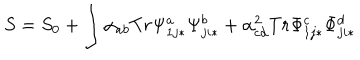
LaTeX: S = S _ { 0 } + \int \alpha _ { a b } T r \Psi _ { 1 j * } ^ { a } \Psi _ { j i * } ^ { b } + \alpha _ { c d } ^ { 2 } T r \Phi _ { 1 j * } ^ { c } \Phi _ { j i * } ^ { d }